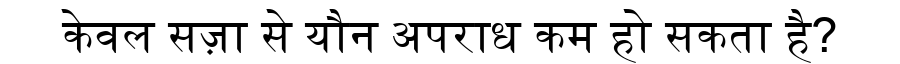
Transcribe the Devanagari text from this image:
केवल सज़ा से यौन अपराध कम हो सकता है?